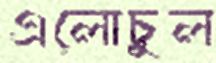
এলোচুল